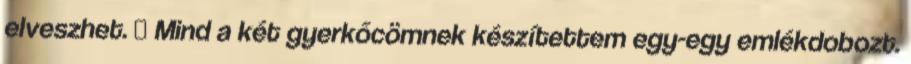
elveszhet. 😊 Mind a két gyerkőcömnek készítettem egy-egy emlékdobozt.